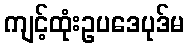
ကျင့်ထုံးဥပဒေပုဒ်မ